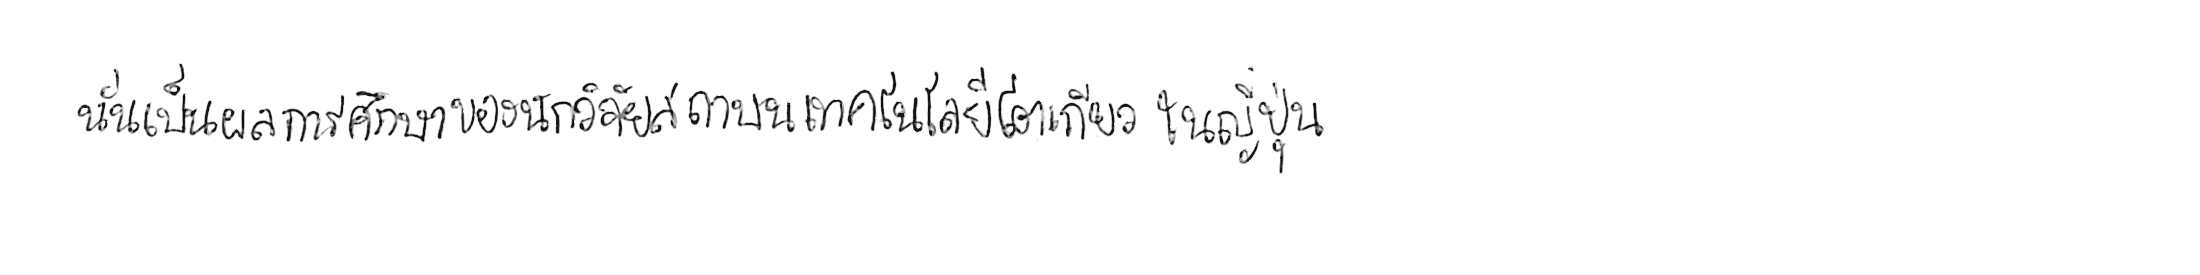
นั่นเป็นผลการศึกษาของนักวิจัยสถาบันเทคโนโลยีโตเกียว ในญี่ปุ่น